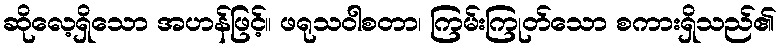
ဆိုလေ့ရှိသော အဟန်ဖြင့်။ ဖရုသဝါစတာ၊ ကြမ်းကြုတ်သော စကားရှိသည်၏